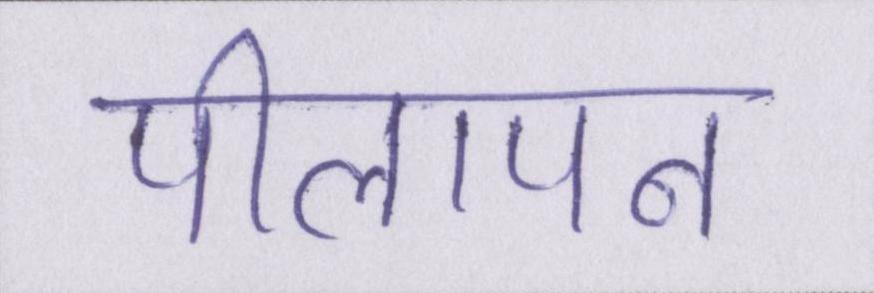
पीलापन